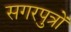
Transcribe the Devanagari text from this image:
सगरपुत्रों